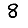
Digit: 8